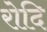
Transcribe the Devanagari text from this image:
रोदि